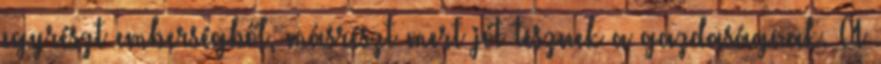
egyrészt emberségből, másrészt mert jót tesznek a gazdaságnak. A